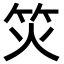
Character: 𬔲